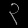
Digit: ၃